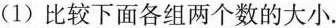
(1)比较下面各组两个数的大小.